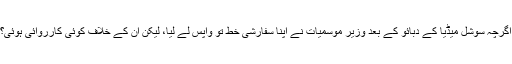
اگرچہ سوشل میڈیا کے دبائو کے بعد وزیر موسمیات نے اپنا سفارشی خط تو واپس لے لیا، لیکن ان کے خلاف کوئی کارروائی ہوئی؟